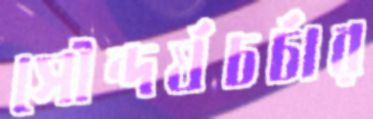
সৌন্দর্যচর্চার